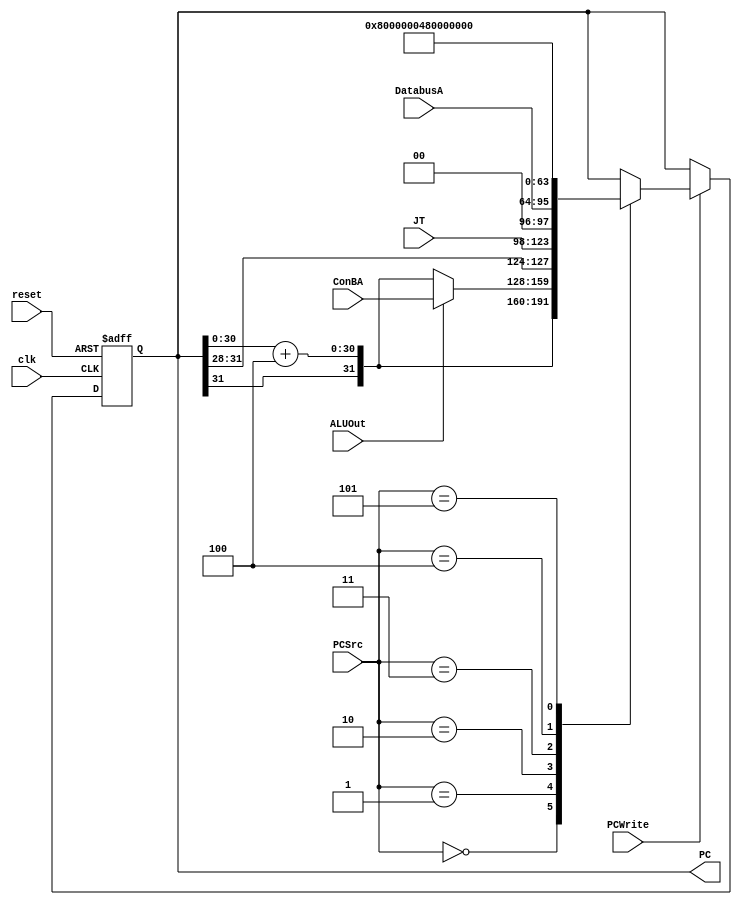
module Pipe_PC(clk,PCSrc,ALUOut,JT,ConBA,DatabusA,reset,PCWrite,PC);
	input ALUOut,clk,reset,PCWrite;  //ALUOut[0]:0->PC+4; 1->ConBA;
	input[2:0] PCSrc;
	input[25:0] JT;
	input[31:0] DatabusA,ConBA;
	output reg[31:0] PC;
	wire[31:0] plus,branch;
	parameter ILLOP=32'h8000_0004;
	parameter XADR=32'h8000_0008;
	assign plus={PC[31],PC[30:0]+31'b000_0000_0000_0000_0000_0000_0000_0100}; //PC+4
	assign branch=ALUOut? ConBA:plus; //branch:1->ConBA; 0->PC+4;
	initial begin PC=32'b1000_0000_0000_0000_0000_0000_0000_0000; end
  always @(posedge clk, posedge reset)
	 begin
		if(reset) PC<=32'b1000_0000_0000_0000_0000_0000_0000_0000;
		else if(PCWrite)
		 begin
			case(PCSrc)
			 3'b000: PC<=plus;
			 3'b001: PC<=branch; 
			 3'b010: PC<={PC[31:28],JT,2'b0};
			 3'b011: PC<=DatabusA;
			 3'b100: PC<=ILLOP;
			 3'b101: PC<=XADR;
			endcase
		 end
	 end
endmodule